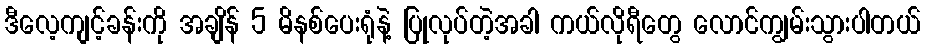
ဒီလေ့ကျင့်ခန်းကို အချိန် 5 မိနစ်ပေးရုံနဲ့ ပြုလုပ်တဲ့အခါ ကယ်လိုရီတွေ လောင်ကျွမ်းသွားပါတယ်